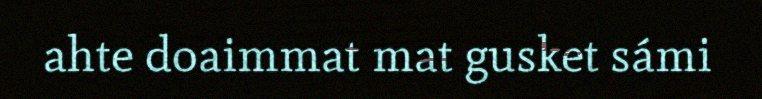
ahte doaimmat mat gusket sámi